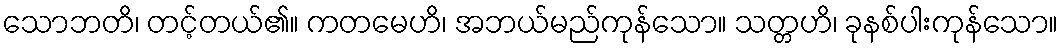
သောဘတိ၊ တင့်တယ်၏။ ကတမေဟိ၊ အဘယ်မည်ကုန်သော။ သတ္တဟိ၊ ခုနစ်ပါးကုန်သော။